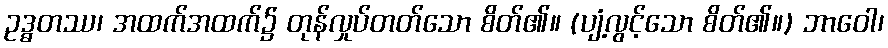
ဥဒ္ဓတဿ၊ အထက်အထက်၌ တုန်လှုပ်တတ်သော စိတ်၏။ (ပျံ့လွင့်သော စိတ်၏။) ဘာဝေါ၊